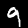
Label: 9